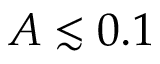
A \lesssim 0 . 1